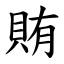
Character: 賄